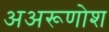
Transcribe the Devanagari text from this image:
अअरूणोश